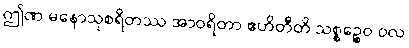
ဤဏ မနောသုစရိတဿ အာဝရိတာ ဧဟိတီတိ သစ္စဉ္စေဝ ဝလ